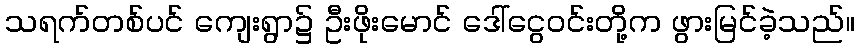
သရက်တစ်ပင် ကျေးရွာ၌ ဦးဖိုးမောင် ဒေါ်ငွေဝင်းတို့က ဖွားမြင်ခဲ့သည်။